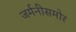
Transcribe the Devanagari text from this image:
जर्मनीसमोर